Civil Veterinary Department. Madras. Admin. report 1926-33 - 1926-1933
Year: 1926
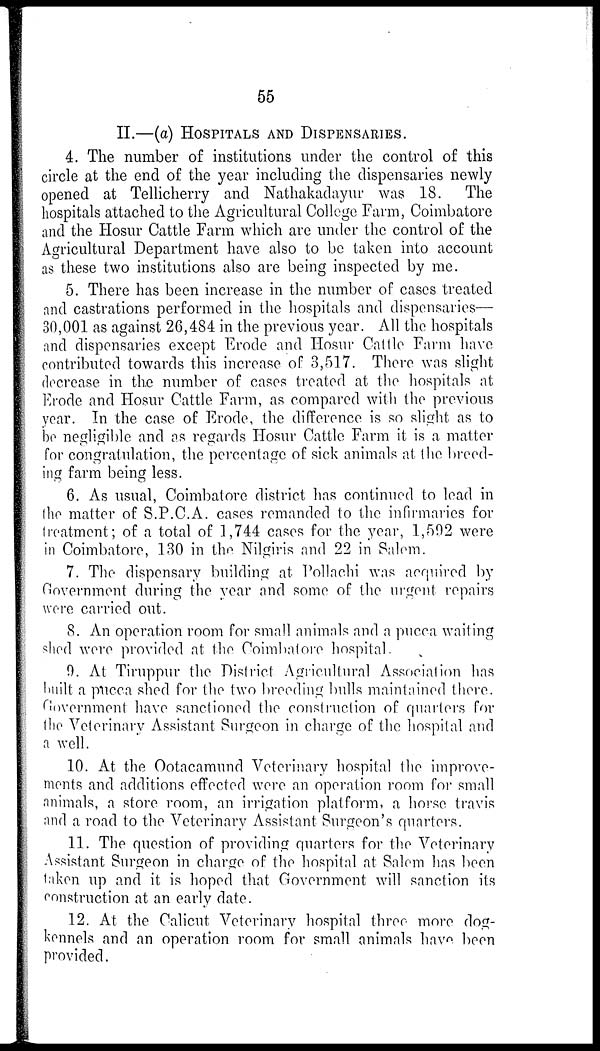
55
II.—(a) HOSPITALS AND DISPENSARIES.
4. The number of institutions under the control of this
circle at the end of the year including the dispensaries newly
opened at Tellicherry and Nathakadayur was 18. The
hospitals attached to the Agricultural College Farm, Coimbatore
and the Hosur Cattle Farm which are under the control of the
Agricultural Department have also to be taken into account
as these two institutions also are being inspected by me.
5. There has been increase in the number of cases treated
and castrations performed in the hospitals and dispensaries—
30,001 as against 26,484 in the previous year. All the hospitals
and dispensaries except Erode and Hosur Cattle Farm have
contributed towards this increase of 3,517. There was slight
decrease in the number of cases treated at the hospitals at
Erode and Hosur Cattle Farm, as compared with the previous
year. In the case of Erode, the difference is so slight as to
be negligible and as regards Hosur Cattle Farm it is a matter
for congratulation, the percentage of sick animals at the breed-
ing farm being less.
6. As usual, Coimbatore district has continued to lead in
the matter of S.P.C.A. cases remanded to the infirmaries for
treatment; of a total of 1,744 cases for the year, 1,592 were
in Coimbatore, 130 in the Nilgiris and 22 in Salem.
7. The dispensary building at Pollachi was acquired by
Government during the year and some of the urgent repairs
wore carried out.
8. An operation room for small animals and a pucca waiting
shod wore provided at the Coimbatore hospital.
0. At Tiruppur the District Agricultural Association has
built a pucca shed for the two breeding bulls maintained there.
Government have sanctioned the construction of quarters for
the Veterinary Assistant Surgeon in charge of the hospital and
a well.
10. At the Ootacamund Veterinary hospital the improve-
ments and additions effected wore an operation room for small
animals, a store room, an irrigation platform, a horse travis
and a road to the Veterinary Assistant Surgeon's quarters.
11. The question of providing quarters for the Veterinary
Assistant Surgeon in charge of the hospital at Salem has been
taken up and it is hoped that Government will sanction its
construction at an early date.
12. At the Calicut Veterinary hospital three more dog-
kennels and an operation room for small animals have been
provided.